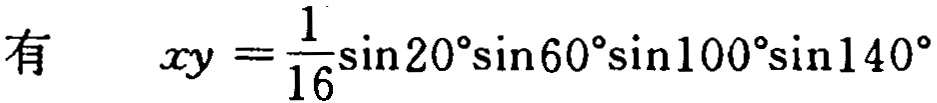
有 \(\quad xy = \frac{1}{16}\sin20^{\circ}\sin60^{\circ}\sin100^{\circ}\sin140^{\circ}\)